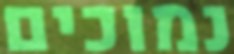
נמוכים